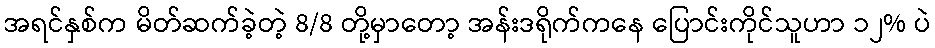
အရင်နှစ်က မိတ်ဆက်ခဲ့တဲ့ 8/8 တို့မှာတော့ အန်းဒရိုက်ကနေ ပြောင်းကိုင်သူဟာ ၁၂% ပဲ